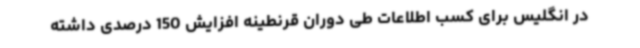
در انگلیس برای کسب اطلاعات طی دوران قرنطینه افزایش 150 درصدی داشته